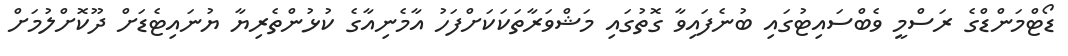
ޑޯޓްމަންޑްގެ ރަސްމީ ވެބްސައިޓުގައި ބުނެފައިވާ ގޮތުގައި މަޝްވަރާތަކަަކަށްފަހު އާމެނިއާގެ ކުޅުންތެރިޔާ ޔުނައިޓެޑަށް ދޫކޮށްލުމަށް